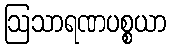
ဩသာရဏပစ္စယာ